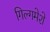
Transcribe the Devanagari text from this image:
गिल्गमेशे